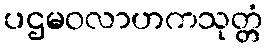
ပဌမဝလာဟကသုတ္တံ